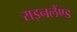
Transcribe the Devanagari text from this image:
राइनलैंण्ड